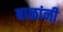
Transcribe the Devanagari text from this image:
बाळांनी